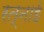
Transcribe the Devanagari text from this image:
रत्नाई